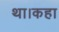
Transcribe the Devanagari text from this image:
था।कहा